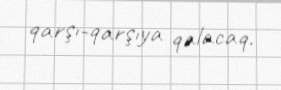
qarşı-qarşıya qalacaq.